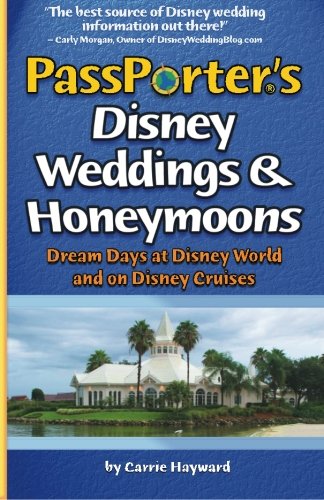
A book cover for PassPorter's Disney Weddings and Honeymoons: Dream Days at Disney World and on Disney Cruises; Carrie Hayward; Crafts, Hobbies & Home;